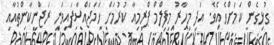
ގުޅިގެން ކަަމަށްވެ އެވެ. އަދި މިހާރު މިފިލްމް ޕްރިމިއާ ކުރުމަށް ހަމަޖައްސާފައިވަނީ ރަޖްނީކާންތުއާއި